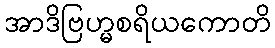
အာဒိဗြဟ္မစရိယကောတိ